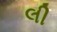
લી